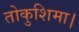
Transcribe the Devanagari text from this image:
तोकुशिमा।